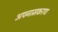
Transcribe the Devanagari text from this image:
अपनामकरण